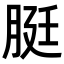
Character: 脡